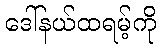
ဒေါ်နယ်ထရမ့်ကို